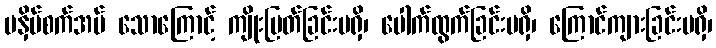
မနှိပ်စက်အပ် သောကြောင့် ကျိုးပြတ်ခြင်းမရှိ၊ ပေါက်ထွက်ခြင်းမရှိ၊ ကြောင်ကျားခြင်းမရှိ၊